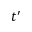
t ^ { \prime }